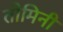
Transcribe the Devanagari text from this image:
तोमिनी